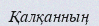
Қалқанның